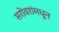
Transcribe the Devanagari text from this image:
सरोवरांमधून